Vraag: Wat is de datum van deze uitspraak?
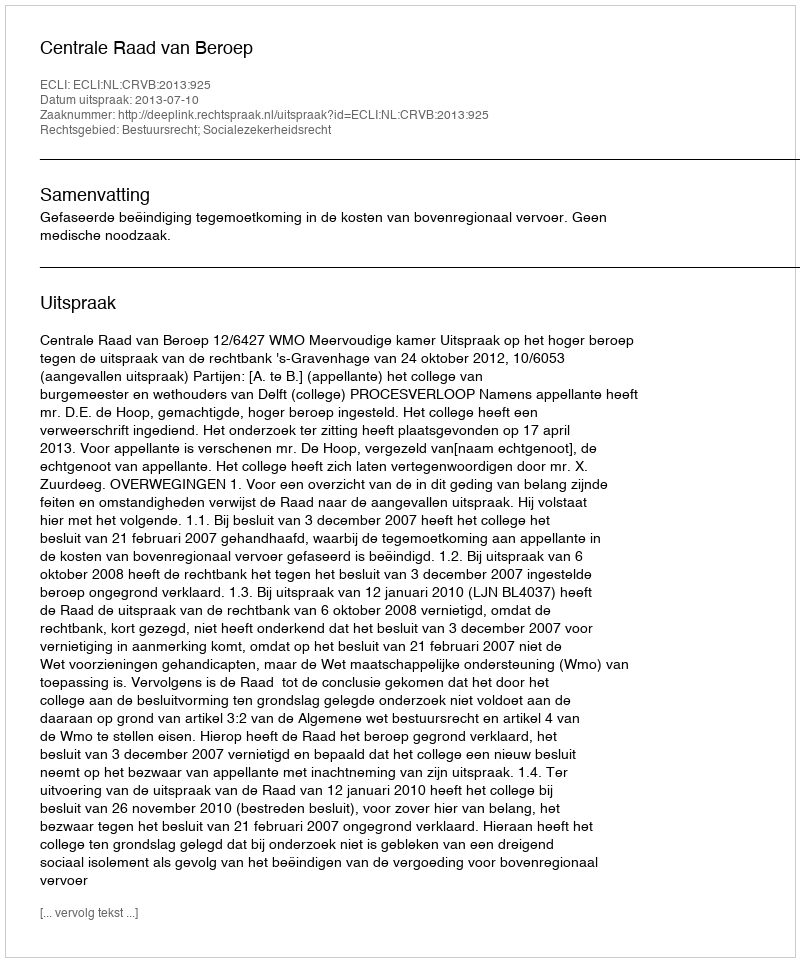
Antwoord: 2013-07-10